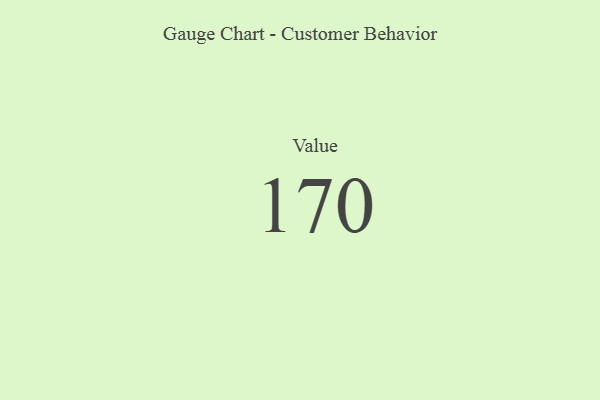
{"axis": {"x": "Metric", "y": "Value"}, "legend": [""], "data": [{"x": "Value", "y": 170, "type": ""}]}